Scottish Certificate of Education, 1962
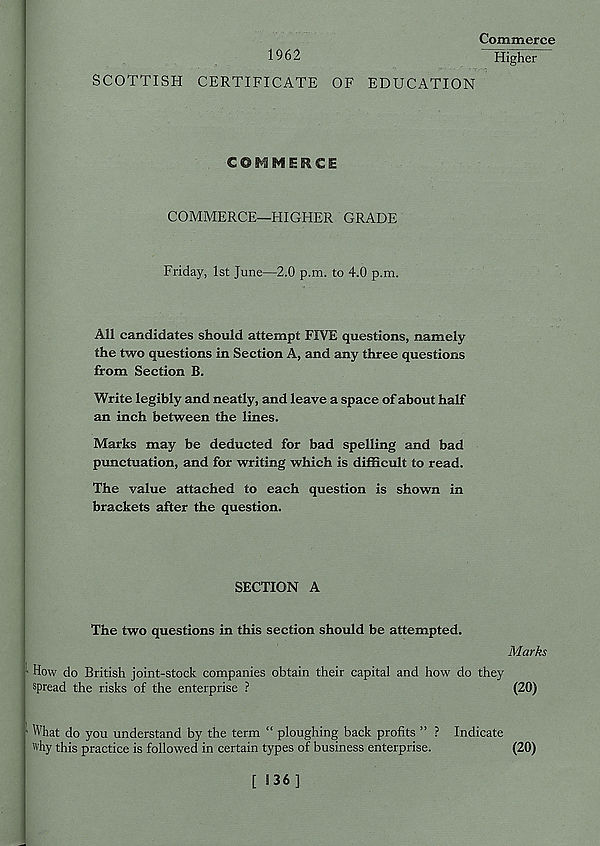
Commerce
1962
Higher
SCOTTISH CERTIFICATE OF EDUCATION
COMMERCE
COMMERCE—HIGHER GRADE
Friday, 1st June—2.0 p.m. to 4.0 p.m.
All candidates should attempt FIVE questions, namely
the two questions in Section A, and any three questions
from Section B.
Write legibly and neatly, and leave a space of about half
an inch between the lines.
Marks may be deducted for bad spelling and bad
punctuation, and for writing which is difficult to read.
The value attached to each question is shown in
brackets after the question.
SECTION A
The two questions in this section should be attempted.
Marks
How do British joint-stock companies obtain their capital and how do they
spread the risks of the enterprise ?
(20)
1 What do you understand by the term “ ploughing back profits ” ? Indicate
why this practice is followed in certain types of business enterprise.
(20)
[ 536 ]